Leaving Certificate, 1896
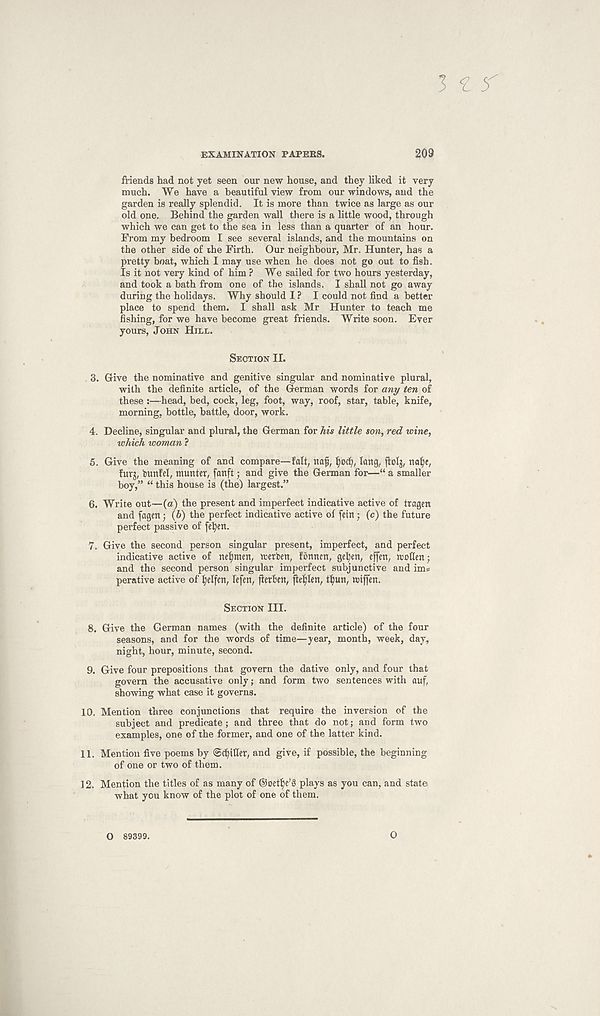
3 £ 5
EXAMINATION PAPERS.
209
friends had not yet seen our new house, and they liked it very
much. We have a beautiful view from our windows, and the
garden is really splendid. It is more than twice as large as our
old one. Behind the garden wall there is a little wood, through
which we can get to the sea in less than a quarter of an hour.
From my bedroom I see several islands, and the mountains on
the other side of the Firth. Our neighbour, Mr. Hunter, has a
pretty boat, which I may use when he does not go out to fish.
Is it not very kind of him ? We sailed for two hours yesterday,
and took a bath from one of the islands, I shall not go away
during the holidays. Why should I ? I could not find a better
place to spend them. I shall ask Mr Hunter to teach me
fishing, for we have become great friends. Write soon. Ever
yours, JOHN HILL.
SECTION II.
3. Hive the nominative and genitive singular and nominative plural,
with the definite article, of the Herman words for any ten of
these :—head, bed, cock, leg, foot, way, roof, star, table, knife,
morning, bottle, battle, door, work.
4. Decline, singular and plural, the Herman for his little son, red wine,
which woman ?
5. Give the meaning of and compare—fait, nafi, tyod), lang, fiolj, naf)e,
furj, bunfel, tnuntcr, fanft; and give the Herman for—“ a smaller
boy,” “ this house is (the) largest.”
6. Write out—(a) the present and imperfect indicative active of tragen
and (agcn; (6) the perfect indicative active of fein; (c) the future
perfect passive of fetyett.
7. Hive the second person singular present, imperfect, and perfect
indicative active of nef)men, trerben, fbnnen, getyen, cffen, reofien;
and the second person singular imperfect subjunctive and im*
perative active of (jelfcn, lefen, fletBctt, fte^Ien, tf)un, rctffen.
SECTION III.
8. Hive the German names (with the definite article) of the four
seasons, and for the words of time—year, month, week, day,
night, hour, minute, second.
9. Give four prepositions that govern the dative only, and four that
govern the accusative only; and form two sentences with auf,
showing what case it governs.
10. Mention three conjunctions that require the inversion of the
subject and predicate; and three that do not; and form two
examples, one of the former, and one of the latter kind.
11. Mention five poems by ©chiller, and give, if possible, the beginning
of one or two of them.
12. Mention the titles of as many of ©oetlte’g plays as you can, and state
what you know of the plot of one of them.
O
o